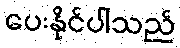
ပေးနိုင်ပါသည်